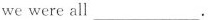
we were all ___ .